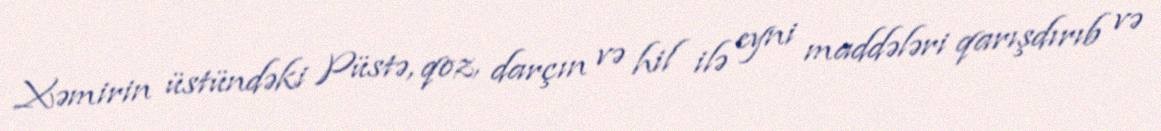
Xəmirin üstündəki Püstə, qoz, darçın və hil ilə eyni maddələri qarışdırıb və